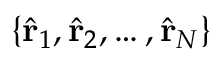
\{ \hat { \mathbf { r } } _ { 1 } , \hat { \mathbf { r } } _ { 2 } , \hdots , \hat { \mathbf { r } } _ { N } \}